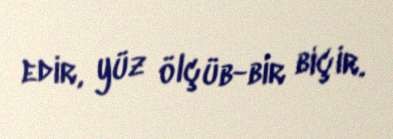
edir, yüz ölçüb-bir biçir.